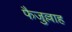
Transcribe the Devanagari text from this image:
फैजुल्लाह